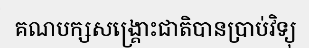
គណបក្សសង្គ្រោះជាតិបានប្រាប់វិទ្យុ